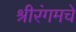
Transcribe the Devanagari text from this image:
श्रीरंगमचे